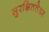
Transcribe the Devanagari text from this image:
सुरक्षिततेवर